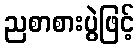
ညစာစားပွဲဖြင့်